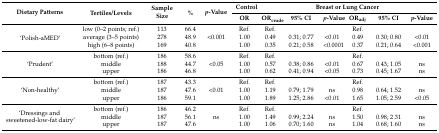
| <ROWSPAN=2> Dietary Patterns | <ROWSPAN=2> Tertiles/Levels | <ROWSPAN=2> Sample Size | <ROWSPAN=2> % | <ROWSPAN=2> p-Value | Control | <COLSPAN=6> Breast or Lung Cancer |
 | OR | ORcrude | 95% CI | p-Value | ORadj | 95% CI | p-Value |
 | --- | --- | --- | --- | --- | --- | --- | --- | --- | --- | --- | --- |
 | <ROWSPAN=3> ‘Polish-aMED’ | low (0–2 points; ref.) | 113 | 66.4 |  | Ref. | Ref. |  |  | Ref. |  |  |
 | average (3–5 points) | 278 | 48.9 | <0.001 | 1.00 | 0.49 | 0.31; 0.77 | <0.01 | 0.49 | 0.30; 0.80 | <0.01 |
 | high (6–8 points) | 169 | 40.8 |  | 1.00 | 0.35 | 0.21; 0.58 | <0.0001 | 0.37 | 0.21; 0.64 | <0.001 |
 | <ROWSPAN=3> ‘Prudent’ | bottom (ref.) | 186 | 58.6 |  | Ref. | Ref. |  |  | Ref. |  |  |
 | middle | 188 | 44.7 | <0.05 | 1.00 | 0.57 | 0.38; 0.86 | <0.01 | 0.67 | 0.43; 1.05 | ns |
 | upper | 186 | 46.8 |  | 1.00 | 0.62 | 0.41; 0.94 | <0.05 | 0.73 | 0.45; 1.67 | ns |
 | <ROWSPAN=3> ‘Non-healthy’ | bottom (ref.) | 187 | 43.3 |  | Ref. | Ref. |  |  | Ref. |  |  |
 | middle | 187 | 47.6 | <0.01 | 1.00 | 1.19 | 0.79; 1.79 | ns | 0.98 | 0.64; 1.52 | ns |
 | upper | 186 | 59.1 |  | 1.00 | 1.89 | 1.25; 2.86 | <0.01 | 1.65 | 1.05; 2.59 | <0.05 |
 | <ROWSPAN=3> ‘Dressings and sweetened-low-fat dairy’ | bottom (ref.) | 186 | 46.2 |  | Ref. | Ref. |  |  | Ref. |  |  |
 | middle | 187 | 56.1 | ns | 1.00 | 1.49 | 0.99; 2.24 | ns | 1.50 | 0.98; 2.31 | ns |
 | upper | 187 | 47.6 |  | 1.00 | 1.06 | 0.70; 1.60 | ns | 1.04 | 0.68; 1.60 | ns |